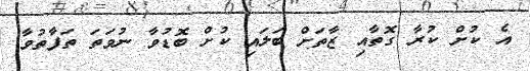
އެ ކުށް ކުރާ ގޮތާއި ޒާތަށް ބަލައި ކުށް ބޮޑުވާ ނުވަތަ ތަފާތުވާ